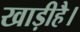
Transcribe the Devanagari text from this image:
खाड़ीहै।